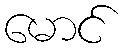
မောင်